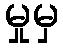
မှုမှ